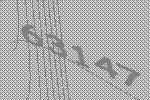
63147